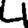
Digit: 4